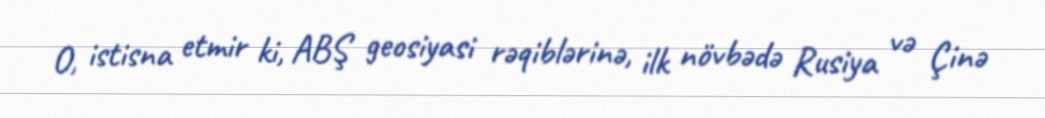
O, istisna etmir ki, ABŞ geosiyasi rəqiblərinə, ilk növbədə Rusiya və Çinə